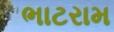
ભાટરામ